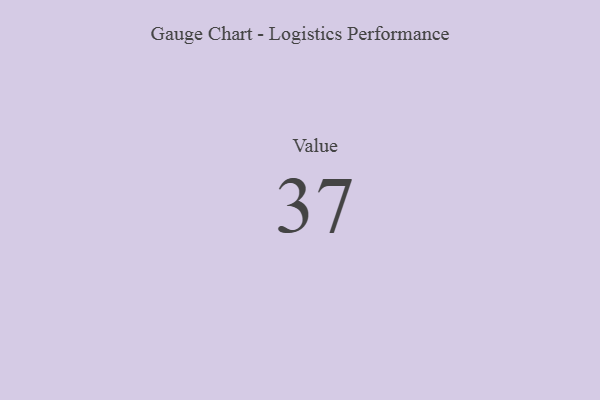
{"axis": {"x": "Metric", "y": "Value"}, "legend": [""], "data": [{"x": "Value", "y": 37, "type": ""}]}